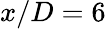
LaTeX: x/D=6